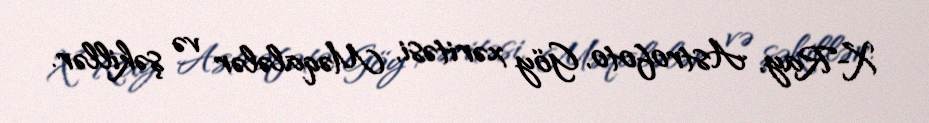
X-Ray, Astrofoto, Göy xəritəsi, Məqalələr və şəkillər.